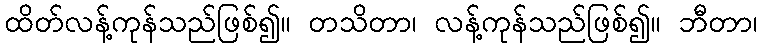
ထိတ်လန့်ကုန်သည်ဖြစ်၍။ တသိတာ၊ လန့်ကုန်သည်ဖြစ်၍။ ဘီတာ၊